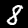
Digit: 8